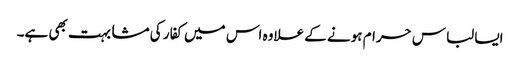
ایسا لباس حرام ہونے کے علاوہ اس میں کفار کی مشابہت بھی ہے۔